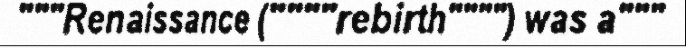
"""Renaissance (""""rebirth"""") was a"""